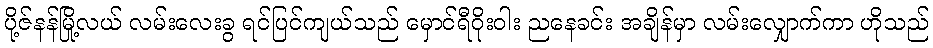
ပို့ဇ်နန်မြို့လယ် လမ်းလေးခွ ရင်ပြင်ကျယ်သည် မှောင်ရီဝိုးဝါး ညနေခင်း အချိန်မှာ လမ်းလျှောက်ကာ ဟိုသည်